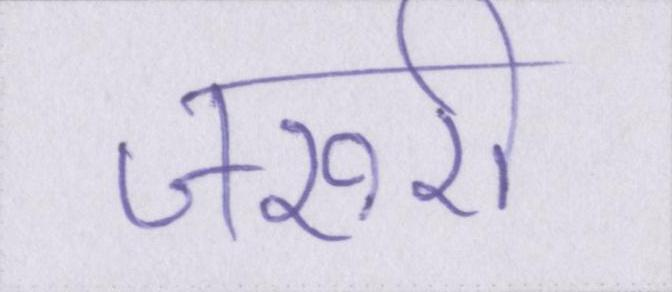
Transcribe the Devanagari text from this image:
जरुरी